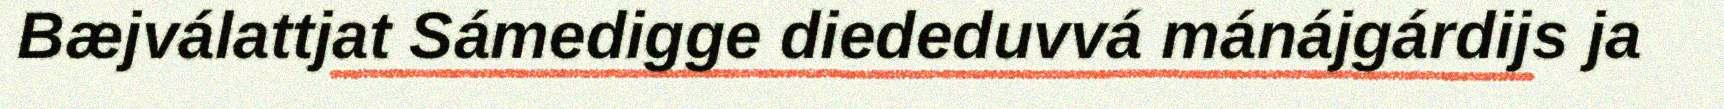
Bæjválattjat Sámedigge diededuvvá mánájgárdijs ja